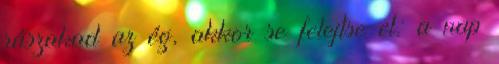
rászakad az ég, akkor se felejtse el: a nap